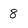
Character: 8